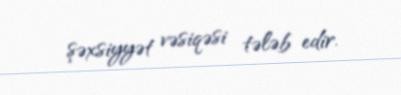
şəxsiyyət vəsiqəsi tələb edir.